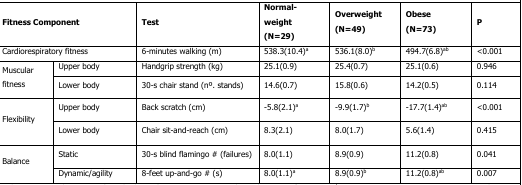
| <COLSPAN=2> Fitness Component | Test | Normal-weight (N=29) | Overweight (N=49) | Obese (N=73) | P |
 | --- | --- | --- | --- | --- | --- | --- |
 | <COLSPAN=2> Cardiorespiratory fitness | 6-minutes walking (m) | 538.3(10.4)a | 536.1(8.0)b | 494.7(6.8)ab | <0.001 |
 | <ROWSPAN=2> Muscular fitness | Upper body | Handgrip strength (kg) | 25.1(0.9) | 25.4(0.7) | 25.1(0.6) | 0.946 |
 | Lower body | 30-s chair stand (n°. stands) | 14.6(0.7) | 15.8(0.6) | 14.2(0.5) | 0.114 |
 | <ROWSPAN=2> Flexibility | Upper body | Back scratch (cm) | -5.8(2.1)a | -9.9(1.7)b | -17.7(1.4)ab | <0.001 |
 | Lower body | Chair sit-and-reach (cm) | 8.3(2.1) | 8.0(1.7) | 5.6(1.4) | 0.415 |
 | <ROWSPAN=2> Balance | Static | 30-s blind flamingo # (failures) | 8.0(1.1) | 8.9(0.9) | 11.2(0.8) | 0.041 |
 | Dynamic/agility | 8-feet up-and-go # (s) | 8.0(1.1)a | 8.9(0.9)b | 11.2(0.8)ab | 0.007 |